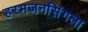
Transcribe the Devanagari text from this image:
हरभजनसिंगला